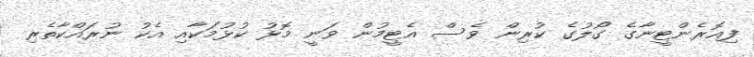
ފިއޮރެންޓީނާގެ ގޯލުގެ ކުރިން ވެސް އެޓީމުން ވަނީ މޮޅު ކުޅުމަކާއި އެކު ނުރައްކާތެރި